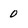
Character: 0